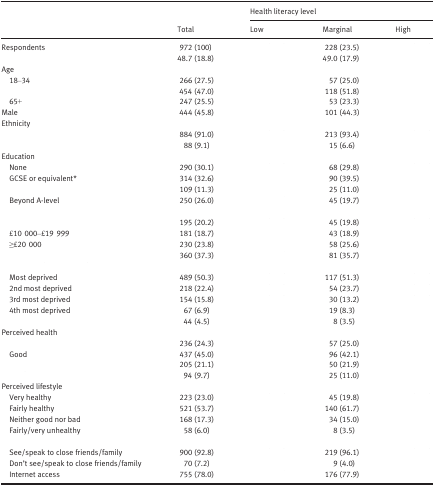
<table><thead><tr><td rowspan="2">[EMPTY_CELL]</td><td rowspan="2"><b>Total</b></td><td colspan="3"><b>Health literacy level</b></td></tr><tr><td><b>Low</b></td><td><b>Marginal</b></td><td><b>High</b></td></tr></thead><tbody><tr><td>Respondents</td><td>972 (100)</td><td>[EMPTY_CELL]</td><td>228 (23.5)</td><td>[EMPTY_CELL]</td></tr><tr><td>[EMPTY_CELL]</td><td>48.7 (18.8)</td><td>[EMPTY_CELL]</td><td>49.0 (17.9)</td><td>[EMPTY_CELL]</td></tr><tr><td colspan="5">Age</td></tr><tr><td>18–34</td><td>266 (27.5)</td><td>[EMPTY_CELL]</td><td>57 (25.0)</td><td>[EMPTY_CELL]</td></tr><tr><td>[EMPTY_CELL]</td><td>454 (47.0)</td><td>[EMPTY_CELL]</td><td>118 (51.8)</td><td>[EMPTY_CELL]</td></tr><tr><td>65+</td><td>247 (25.5)</td><td>[EMPTY_CELL]</td><td>53 (23.3)</td><td>[EMPTY_CELL]</td></tr><tr><td>Male</td><td>444 (45.8)</td><td>[EMPTY_CELL]</td><td>101 (44.3)</td><td>[EMPTY_CELL]</td></tr><tr><td colspan="5">Ethnicity</td></tr><tr><td>[EMPTY_CELL]</td><td>884 (91.0)</td><td>[EMPTY_CELL]</td><td>213 (93.4)</td><td>[EMPTY_CELL]</td></tr><tr><td>[EMPTY_CELL]</td><td>88 (9.1)</td><td>[EMPTY_CELL]</td><td>15 (6.6)</td><td>[EMPTY_CELL]</td></tr><tr><td colspan="5">Education</td></tr><tr><td>None</td><td>290 (30.1)</td><td>[EMPTY_CELL]</td><td>68 (29.8)</td><td>[EMPTY_CELL]</td></tr><tr><td>GCSE or equivalenta</td><td>314 (32.6)</td><td>[EMPTY_CELL]</td><td>90 (39.5)</td><td>[EMPTY_CELL]</td></tr><tr><td>[EMPTY_CELL]</td><td>109 (11.3)</td><td>[EMPTY_CELL]</td><td>25 (11.0)</td><td>[EMPTY_CELL]</td></tr><tr><td>Beyond A‐level</td><td>250 (26.0)</td><td>[EMPTY_CELL]</td><td>45 (19.7)</td><td>[EMPTY_CELL]</td></tr><tr><td colspan="5">[EMPTY_CELL]</td></tr><tr><td>[EMPTY_CELL]</td><td>195 (20.2)</td><td>[EMPTY_CELL]</td><td>45 (19.8)</td><td>[EMPTY_CELL]</td></tr><tr><td>£10 000–£19 999</td><td>181 (18.7)</td><td>[EMPTY_CELL]</td><td>43 (18.9)</td><td>[EMPTY_CELL]</td></tr><tr><td>≥£20 000</td><td>230 (23.8)</td><td>[EMPTY_CELL]</td><td>58 (25.6)</td><td>[EMPTY_CELL]</td></tr><tr><td>[EMPTY_CELL]</td><td>360 (37.3)</td><td>[EMPTY_CELL]</td><td>81 (35.7)</td><td>[EMPTY_CELL]</td></tr><tr><td colspan="5">[EMPTY_CELL]</td></tr><tr><td>Most deprived</td><td>489 (50.3)</td><td>[EMPTY_CELL]</td><td>117 (51.3)</td><td>[EMPTY_CELL]</td></tr><tr><td>2nd most deprived</td><td>218 (22.4)</td><td>[EMPTY_CELL]</td><td>54 (23.7)</td><td>[EMPTY_CELL]</td></tr><tr><td>3rd most deprived</td><td>154 (15.8)</td><td>[EMPTY_CELL]</td><td>30 (13.2)</td><td>[EMPTY_CELL]</td></tr><tr><td>4th most deprived</td><td>67 (6.9)</td><td>[EMPTY_CELL]</td><td>19 (8.3)</td><td>[EMPTY_CELL]</td></tr><tr><td>[EMPTY_CELL]</td><td>44 (4.5)</td><td>[EMPTY_CELL]</td><td>8 (3.5)</td><td>[EMPTY_CELL]</td></tr><tr><td colspan="5">Perceived health</td></tr><tr><td>[EMPTY_CELL]</td><td>236 (24.3)</td><td>[EMPTY_CELL]</td><td>57 (25.0)</td><td>[EMPTY_CELL]</td></tr><tr><td>Good</td><td>437 (45.0)</td><td>[EMPTY_CELL]</td><td>96 (42.1)</td><td>[EMPTY_CELL]</td></tr><tr><td>[EMPTY_CELL]</td><td>205 (21.1)</td><td>[EMPTY_CELL]</td><td>50 (21.9)</td><td>[EMPTY_CELL]</td></tr><tr><td>[EMPTY_CELL]</td><td>94 (9.7)</td><td>[EMPTY_CELL]</td><td>25 (11.0)</td><td>[EMPTY_CELL]</td></tr><tr><td colspan="5">Perceived lifestyle</td></tr><tr><td>Very healthy</td><td>223 (23.0)</td><td>[EMPTY_CELL]</td><td>45 (19.8)</td><td>[EMPTY_CELL]</td></tr><tr><td>Fairly healthy</td><td>521 (53.7)</td><td>[EMPTY_CELL]</td><td>140 (61.7)</td><td>[EMPTY_CELL]</td></tr><tr><td>Neither good nor bad</td><td>168 (17.3)</td><td>[EMPTY_CELL]</td><td>34 (15.0)</td><td>[EMPTY_CELL]</td></tr><tr><td>Fairly/very unhealthy</td><td>58 (6.0)</td><td>[EMPTY_CELL]</td><td>8 (3.5)</td><td>[EMPTY_CELL]</td></tr><tr><td colspan="5">[EMPTY_CELL]</td></tr><tr><td>See/speak to close friends/family</td><td>900 (92.8)</td><td>[EMPTY_CELL]</td><td>219 (96.1)</td><td>[EMPTY_CELL]</td></tr><tr><td>Don't see/speak to close friends/family</td><td>70 (7.2)</td><td>[EMPTY_CELL]</td><td>9 (4.0)</td><td>[EMPTY_CELL]</td></tr><tr><td>Internet access</td><td>755 (78.0)</td><td>[EMPTY_CELL]</td><td>176 (77.9)</td><td>[EMPTY_CELL]</td></tr></tbody></table>